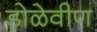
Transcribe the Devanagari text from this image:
डोळेवीण